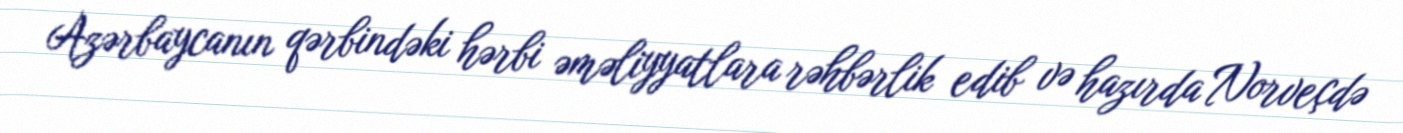
Azərbaycanın qərbindəki hərbi əməliyyatlara rəhbərlik edib və hazırda Norveçdə